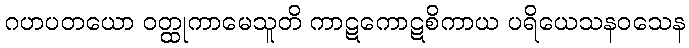
ဂဟပတယော ဝတ္ထုကာမေသူတိ ကာဋကောဋစိကာယ ပရိယေသနဝသေန